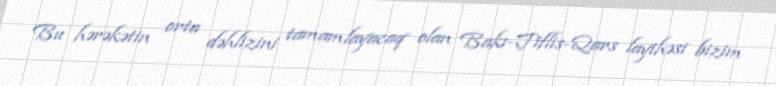
Bu hərəkətin orta dəhlizini tamamlayacaq olan Bakı-Tiflis-Qars layihəsi bizim